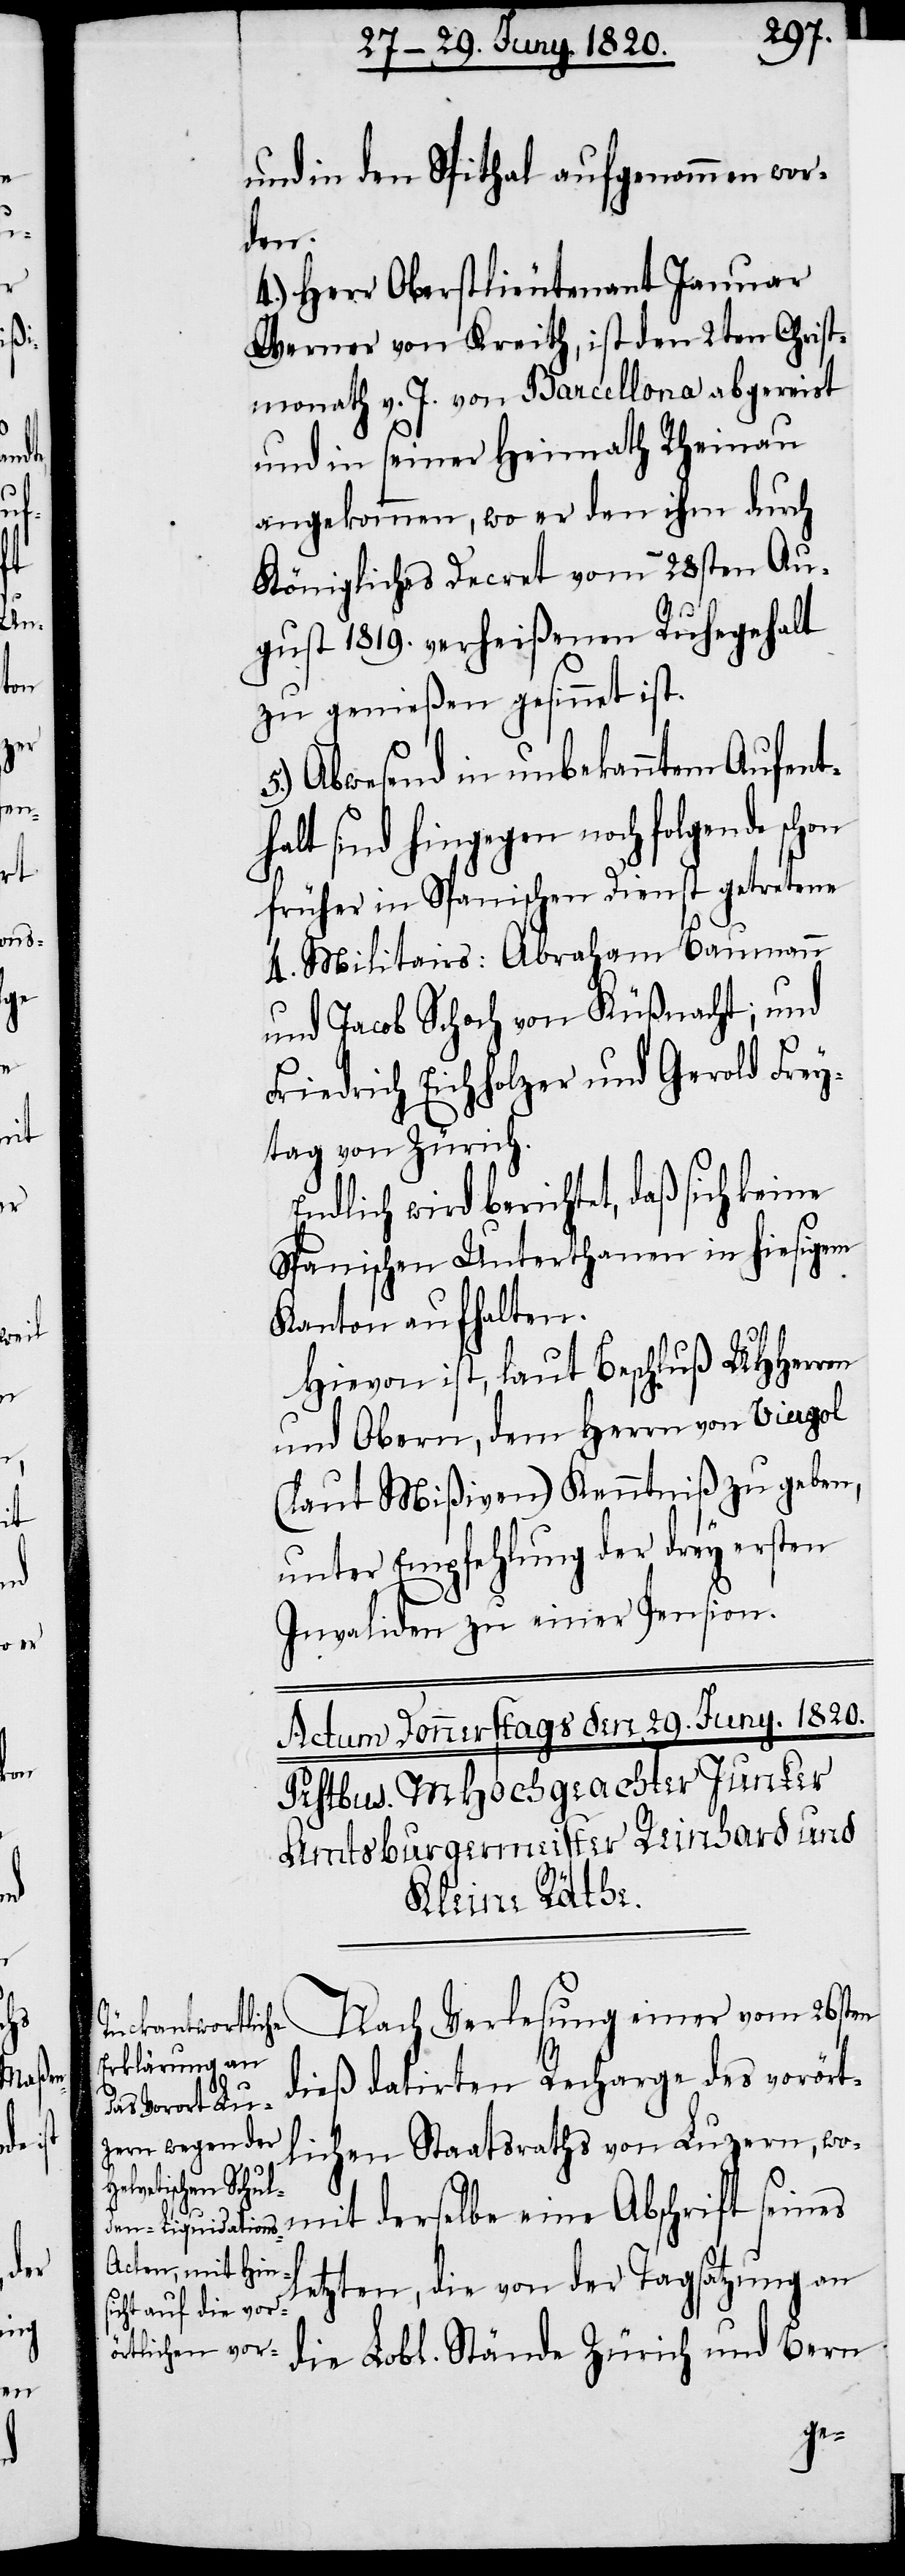
l¬

einer

und in den Spithal aufgenommen wor¬
den.
4.) Herr Oberstlieutenant Januar
Werner von Kreith, ist den 2ten Christ¬
monath v. J. von Barcellona abgereist
und in seiner Heimath Rheinau
angekommen, wo er den ihm durch
Königliches Decret vom 28sten Au¬
gust 1810. verheißenen Ruhegehalt
zu genießen gesinnet ist.
5.) Abwesend in unbekannten Aufenth¬
alt sind hingegen noch folgende
früher in Spanischen Dienst getretene
4. Militairs: Abraham Baumann
und Jacob Schoch von Küßnacht; und
Friedrich Eichholzer und Gerold Frey¬
tag von Zürich.
Endlich wird berichtet, daß sich keine
Spanischen Unterthanen in hiesigem
Kanton aufhalten.
Hievon ist, laut Beschluß UHherren
und Obern, dem Herrn von Viergol
(laut Mißiven) Kenntniß zu geben,
unter Empfehlung der drey ersten
Invaliden zu einer Pension.
dieß datirten Recharge des vorört¬
lichen Staatsraths von Luzern, wo¬
mit derselbe eine Abschrift seines
etzten, die von der Tagsatzung an
die Lobl. Stände Zürich und Bern